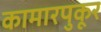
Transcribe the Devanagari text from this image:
कामारपुकूर